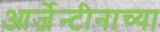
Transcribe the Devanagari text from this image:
आर्जेन्टीनाच्या